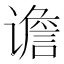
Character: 谵